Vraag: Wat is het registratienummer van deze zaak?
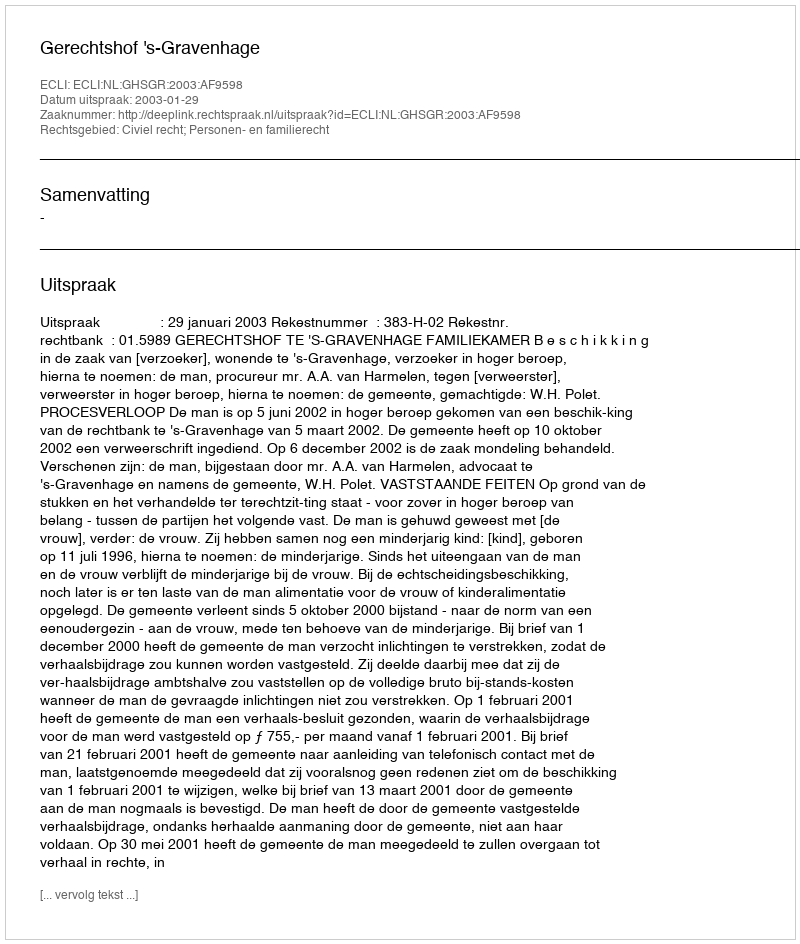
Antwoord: http://deeplink.rechtspraak.nl/uitspraak?id=ECLI:NL:GHSGR:2003:AF9598